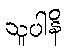
သူပါနိ